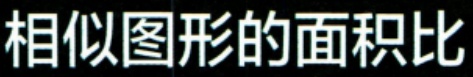
相似图形的面积比